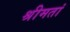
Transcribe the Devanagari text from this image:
श्रीमतां